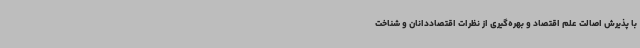
با پذیرش اصالت علم اقتصاد و بهره‌گیری از نظرات اقتصاددانان و شناخت